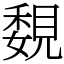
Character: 覣